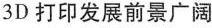
3D打印发展前景广阔